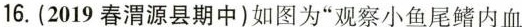
16.(2019春渭源县期中)如图为”观察小鱼尾鳍内血